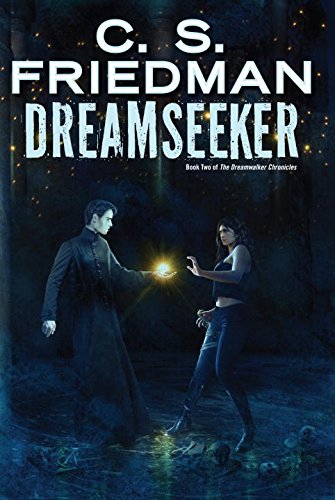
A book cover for Dreamseeker: Book Two of Dreamwalker; C.S. Friedman; Science Fiction & Fantasy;